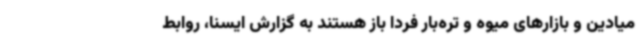
میادین و بازارهای میوه و تره‌بار فردا باز هستند به گزارش ایسنا، روابط